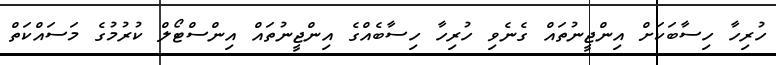
ހުރިހާ ހިސާބަކަށް އިންޖީނުތައް ގެނެވި ހުރިހާ ހިސާބެއްގެ އިންޖީނުތައް އިންސްޓޯލް ކުރުމުގެ މަސައްކަތް